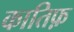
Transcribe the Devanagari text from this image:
कातिफ़